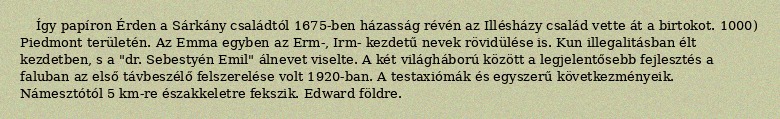
Így papíron Érden a Sárkány családtól 1675-ben házasság révén az Illésházy család vette át a birtokot. 1000) Piedmont területén. Az Emma egyben az Erm-, Irm- kezdetű nevek rövidülése is. Kun illegalitásban élt kezdetben, s a "dr. Sebestyén Emil" álnevet viselte. A két világháború között a legjelentősebb fejlesztés a faluban az első távbeszélő felszerelése volt 1920-ban. A testaxiómák és egyszerű következményeik. Námesztótól 5 km-re északkeletre fekszik. Edward földre.